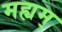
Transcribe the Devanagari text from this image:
मह्यम्